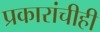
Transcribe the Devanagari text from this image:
प्रकारांचीही